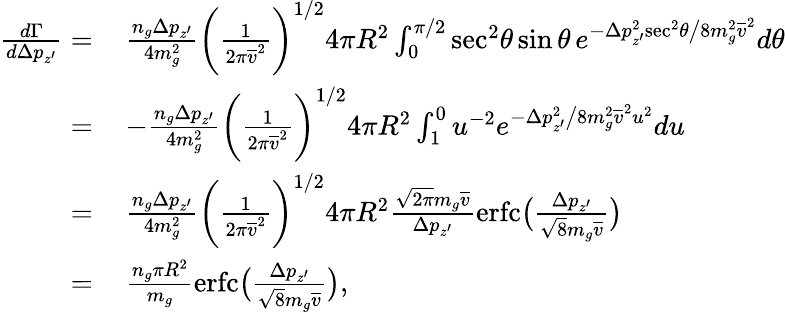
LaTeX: \begin{array}{rl}{\frac{d\Gamma}{d\Delta p_{z^{\prime}}}=}&{\, \frac{n_{g}\Delta p_{z^{\prime}}}{4m_{g}^{2}}\bigg(\frac{1}{2\pi\overline{{v}}^{2}}\bigg)^{1/2}4\pi R^{2}\int_{0}^{\pi/2}\mathrm{sec}^{2}\theta\, \mathrm{sin}\, \theta\, e^{-\Delta p_{z^{\prime}}^{2}\mathrm{sec}^{2}\theta\big/8m_{g}^{2}\overline{{v}}^{2}}d\theta}\\ {=}&{\, -\frac{n_{g}\Delta p_{z^{\prime}}}{4m_{g}^{2}}\bigg(\frac{1}{2\pi\overline{{v}}^{2}}\bigg)^{1/2}4\pi R^{2}\int_{1}^{0}u^{-2}e^{-\Delta p_{z^{\prime}}^{2}\big/8m_{g}^{2}\overline{{v}}^{2}u^{2}}du}\\ {=}&{\, \frac{n_{g}\Delta p_{z^{\prime}}}{4m_{g}^{2}}\bigg(\frac{1}{2\pi\overline{{v}}^{2}}\bigg)^{1/2}4\pi R^{2}\frac{\sqrt{2\pi}m_{g}\overline{{v}}}{\Delta p_{z^{\prime}}}\mathrm{erfc}\big(\frac{\Delta p_{z^{\prime}}}{\sqrt{8}m_{g}\overline{{v}}}\big)}\\ {=}&{\, \frac{n_{g}\pi R^{2}}{m_{g}}\mathrm{erfc}\big(\frac{\Delta p_{z^{\prime}}}{\sqrt{8}m_{g}\overline{{v}}}\big),}\end{array}